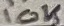
Text: 10K